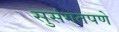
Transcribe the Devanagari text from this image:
सुसंगतपणे